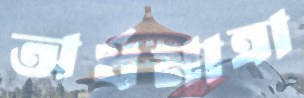
অর্ধমাত্রা